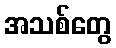
အသစ်တွေ